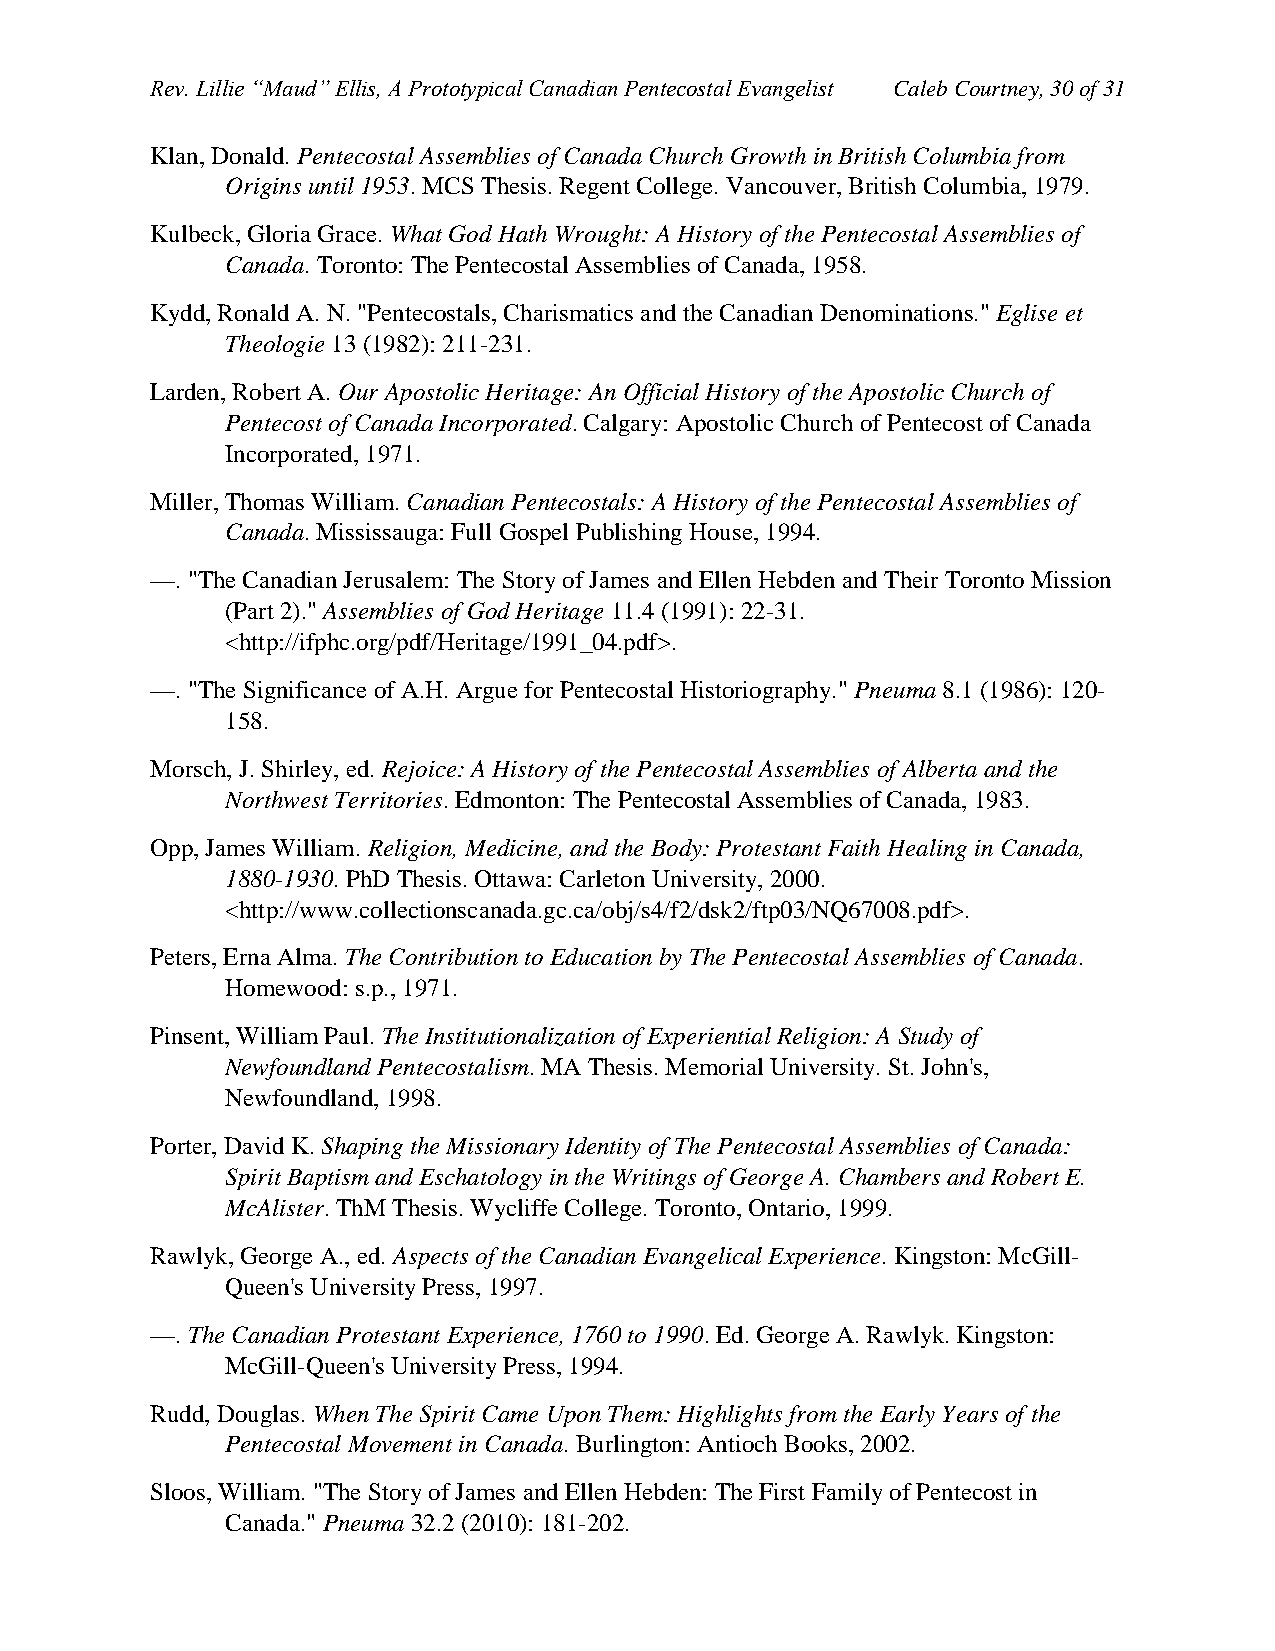
Rev. Lillie “Maud” Ellis, A Prototypical Canadian Pentecostal Evangelist Caleb Courtney, 30 of 31
 Klan, Donald. Pentecostal Assemblies of Canada Church Growth in British Columbia from
 Origins until 1953. MCS Thesis. Regent College. Vancouver, British Columbia, 1979.
 Kulbeck, Gloria Grace. What God Hath Wrought: A History of the Pentecostal Assemblies of
 Canada. Toronto: The Pentecostal Assemblies of Canada, 1958.
 Kydd, Ronald A. N. "Pentecostals, Charismatics and the Canadian Denominations." Eglise et
 Theologie 13 (1982): 211-231.
 Larden, Robert A. Our Apostolic Heritage: An Official History of the Apostolic Church of
 Pentecost of Canada Incorporated. Calgary: Apostolic Church of Pentecost of Canada
 Incorporated, 1971.
 Miller, Thomas William. Canadian Pentecostals: A History of the Pentecostal Assemblies of
 Canada. Mississauga: Full Gospel Publishing House, 1994.
 —. "The Canadian Jerusalem: The Story of James and Ellen Hebden and Their Toronto Mission
 (Part 2)." Assemblies of God Heritage 11.4 (1991): 22-31.
 <http://ifphc.org/pdf/Heritage/1991_04.pdf>.
 —. "The Significance of A.H. Argue for Pentecostal Historiography." Pneuma 8.1 (1986): 120-
 158.
 Morsch, J. Shirley, ed. Rejoice: A History of the Pentecostal Assemblies of Alberta and the
 Northwest Territories. Edmonton: The Pentecostal Assemblies of Canada, 1983.
 Opp, James William. Religion, Medicine, and the Body: Protestant Faith Healing in Canada,
 1880-1930. PhD Thesis. Ottawa: Carleton University, 2000.
 <http://www.collectionscanada.gc.ca/obj/s4/f2/dsk2/ftp03/NQ67008.pdf>.
 Peters, Erna Alma. The Contribution to Education by The Pentecostal Assemblies of Canada.
 Homewood: s.p., 1971.
 Pinsent, William Paul. The Institutionalization of Experiential Religion: A Study of
 Newfoundland Pentecostalism. MA Thesis. Memorial University. St. John's,
 Newfoundland, 1998.
 Porter, David K. Shaping the Missionary Identity of The Pentecostal Assemblies of Canada:
 Spirit Baptism and Eschatology in the Writings of George A. Chambers and Robert E.
 McAlister. ThM Thesis. Wycliffe College. Toronto, Ontario, 1999.
 Rawlyk, George A., ed. Aspects of the Canadian Evangelical Experience. Kingston: McGill-
 Queen's University Press, 1997.
 —. The Canadian Protestant Experience, 1760 to 1990. Ed. George A. Rawlyk. Kingston:
 McGill-Queen's University Press, 1994.
 Rudd, Douglas. When The Spirit Came Upon Them: Highlights from the Early Years of the
 Pentecostal Movement in Canada. Burlington: Antioch Books, 2002.
 Sloos, William. "The Story of James and Ellen Hebden: The First Family of Pentecost in
 Canada." Pneuma 32.2 (2010): 181-202.